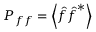
\boldsymbol { P _ { f f } } = \left\langle \boldsymbol { \hat { f } } \boldsymbol { \hat { f } } ^ { * } \right\rangle